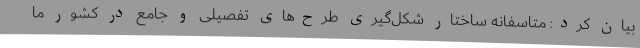
بیان کرد: متاسفانه ساختار شکل‌گیری طرح‌های تفصیلی و جامع در کشور ما